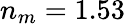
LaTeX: n_{m}=1.53